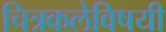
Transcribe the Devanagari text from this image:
चित्रकलेविषयी